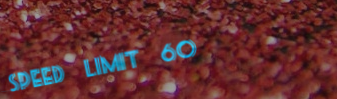
SPEED LIMIT 60